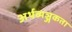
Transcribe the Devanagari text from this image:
अर्थव्यञ्जकता